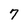
Character: 7